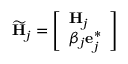
\widetilde { \mathbf { H } } _ { j } = \left[ \begin{array} { l } { \mathbf { H } _ { j } } \\ { \beta _ { j } \mathbf { e } _ { j } ^ { * } } \end{array} \right]